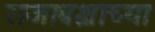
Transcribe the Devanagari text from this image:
राजाबक्षाच्या